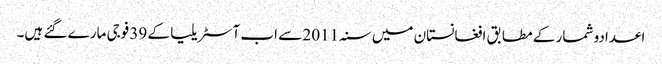
اعدادو شمار کے مطابق افغانستان میں سنہ 2011 سے اب آسٹریلیا کے 39 فوجی مارے گئے ہیں۔